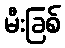
မီးခြစ်